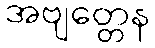
အဗျတ္တေန